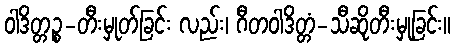
ဝါဒိတ္တဉ္စ-တီးမှုတ်ခြင်း လည်း၊ ဂီတဝါဒိတ္တံ-သီဆိုတီးမှုခြင်း။